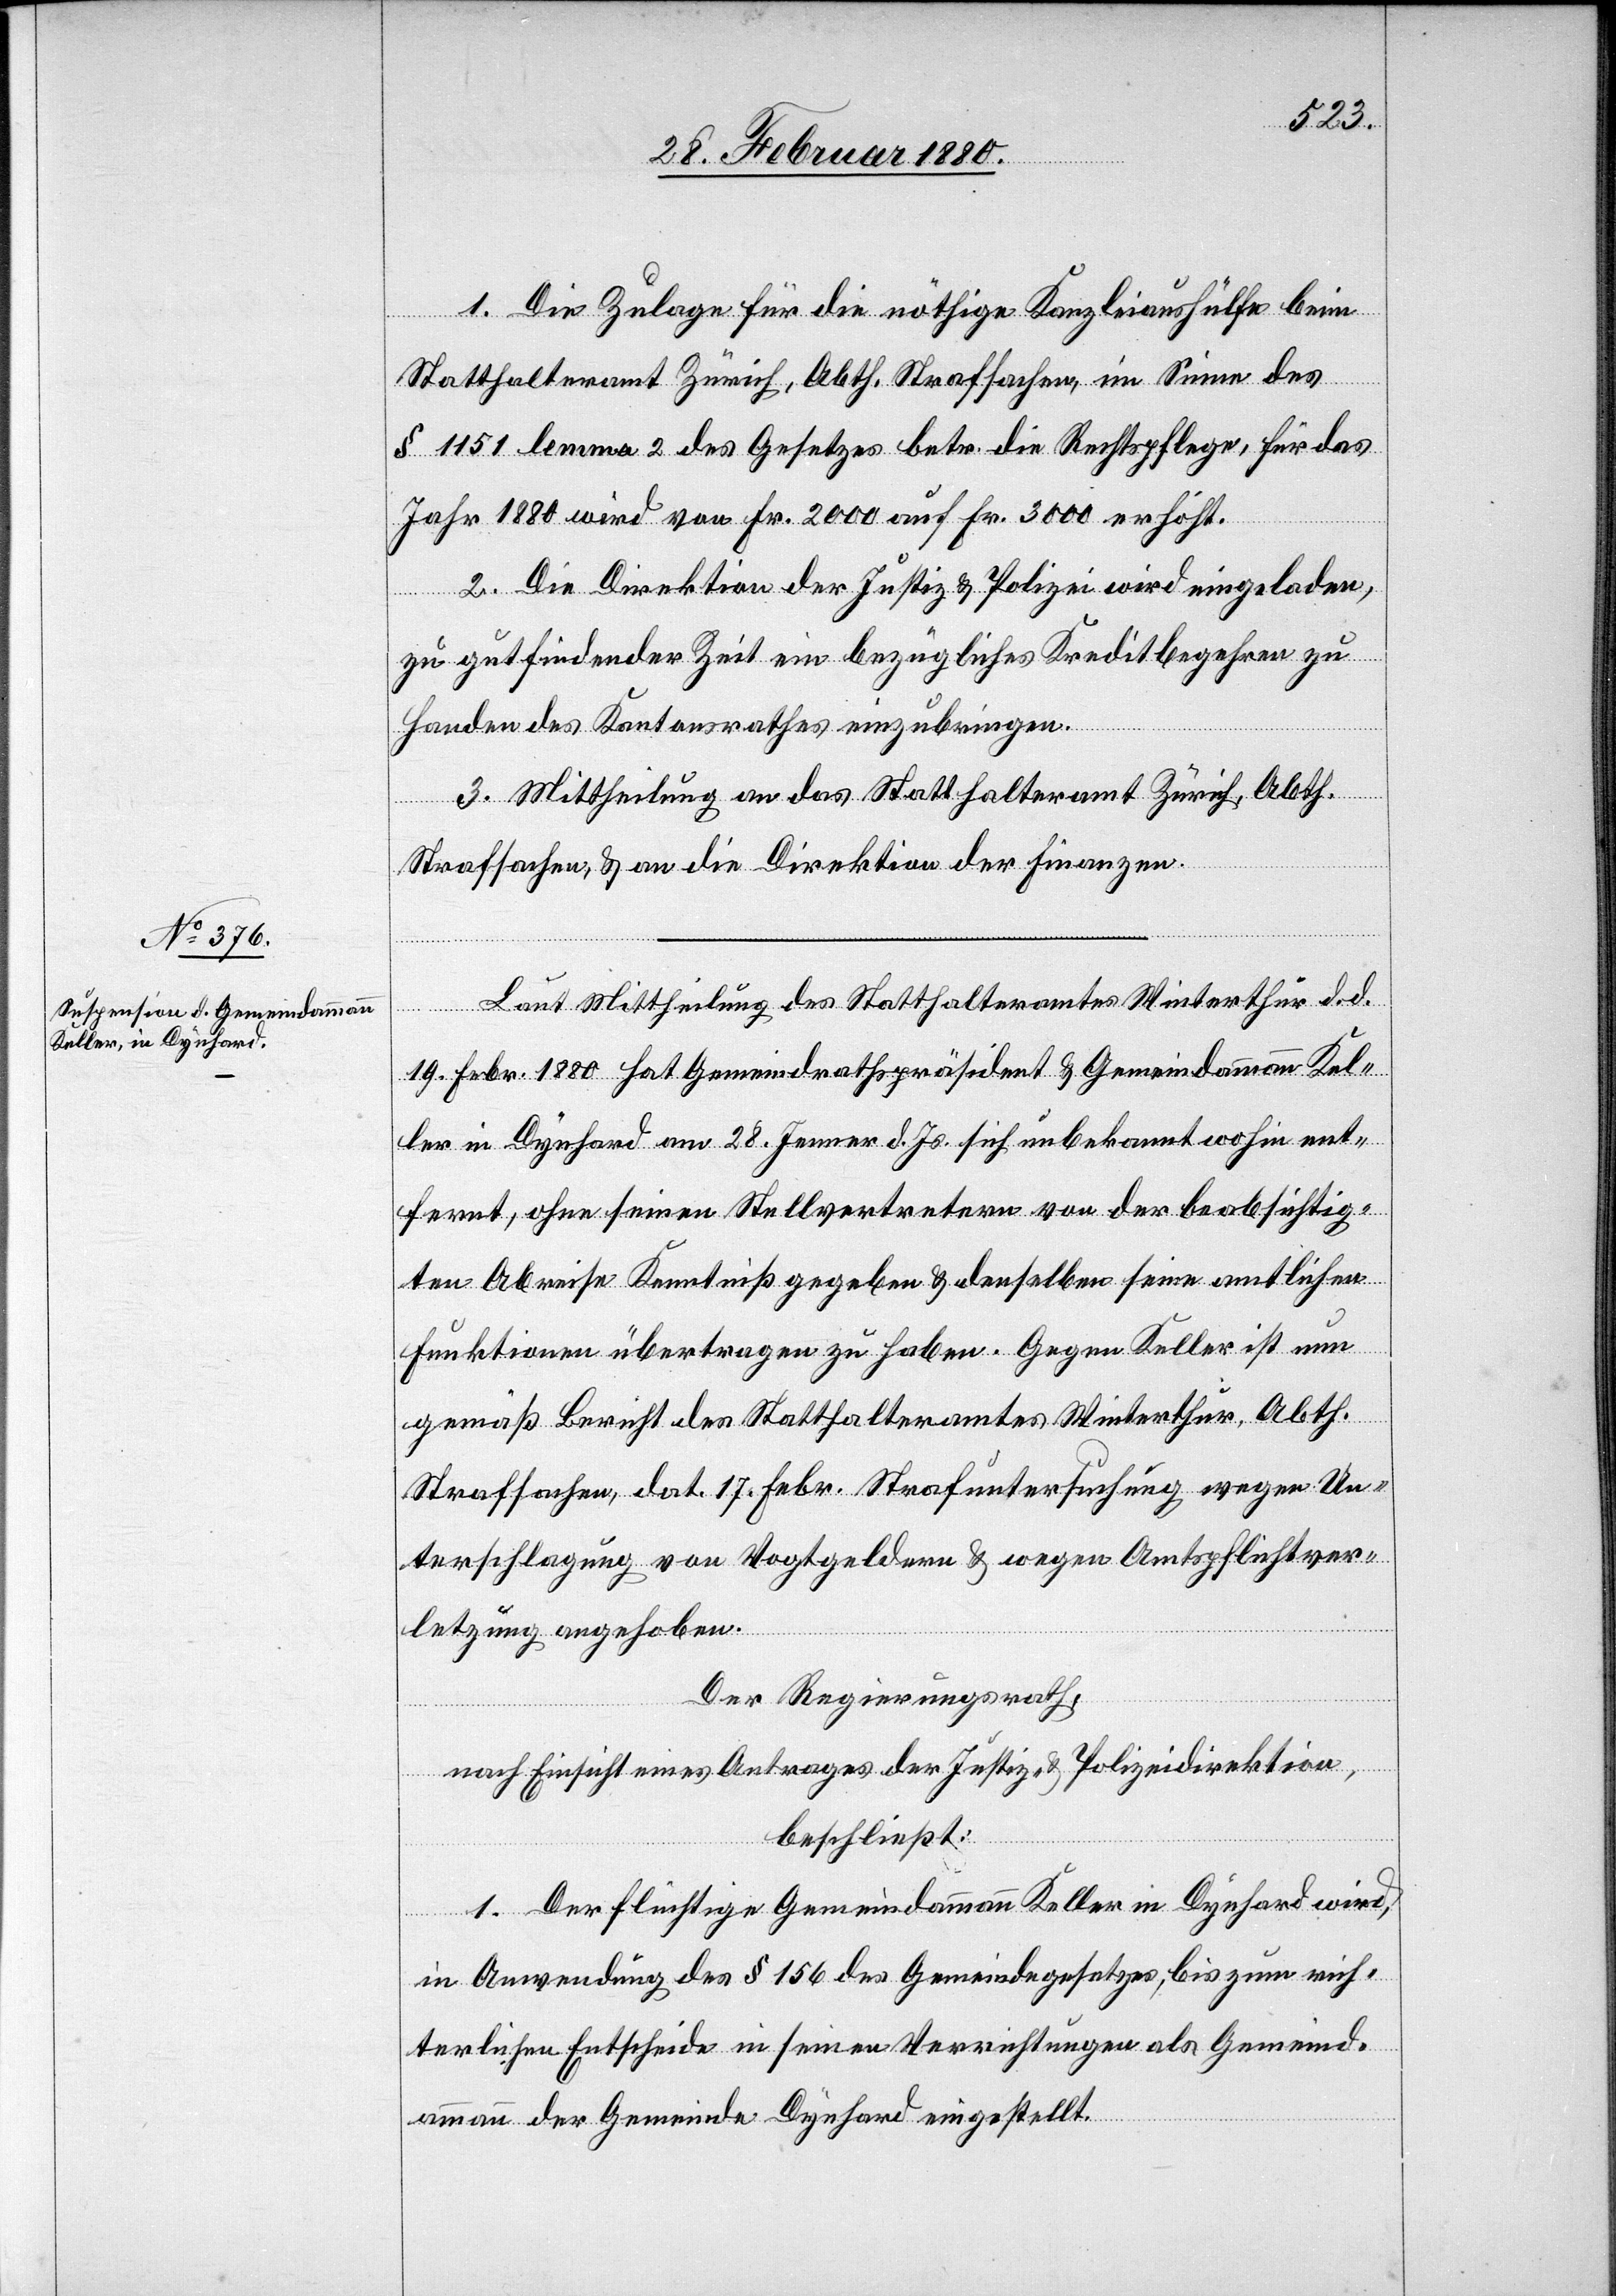
1. Die Zulage für die nöthige Kanzleiaushülfe beim
Statthalteramt Zürich, Abth. Strafsachen, im Sinne des
§ 1151 lemma 2 des Gesetzes betr. die Rechtspflege, für das
Jahr 1880 wird von Fr. 2000 auf Fr. 3000 erhöht.
2. Die Direktion der Justiz & Polizei wird eingeladen,
zu gutfindender Zeit ein bezügliches Kreditbegehren zu
Handen des Kantonsrathes einzubringen.
3. Mittheilung an das Statthalteramt Zürich, Abth.
Strafsachen, & an die Direktion der Finanzen.
Laut Mittheilung des Statthalteramtes Winterthur d. d.
19. Febr. 1880 hat Gemeindrathspräsident & Gemeindammann Kel¬
ler in Dynhard am 28. Jenner d. Js. sich unbekannt wohin ent¬
fernt, ohne seinen Stellvertretern von der beabsichtig¬
ten Abreise Kenntniß gegeben & denselben seine amtlichen
Funktionen übertragen zu haben. Gegen Keller ist nun
gemäß Bericht des Statthalteramtes Winterthur, Abth.
Strafsachen, dat. 17. Febr. Strafuntersuchung wegen Un¬
terschlagung von Vogtgeldern & wegen Amtspflichtver¬
letzung angehoben.
Der Regierungsrath,
nach Einsicht eines Antrages der Justiz- & Polizeidirektion,
beschließt:
1. Der flüchtige Gemeindammann Keller in Dynhard wird,
in Anwendung des § 156 des Gemeindegesetzes, bis zum rich¬
terlichen Entscheide in seinen Verrichtungen als Gemeind¬
ammann der Gemeinde Dynhard eingestellt.